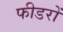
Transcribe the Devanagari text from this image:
फीडरों